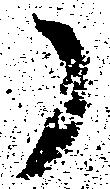
了